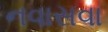
નવાસવા